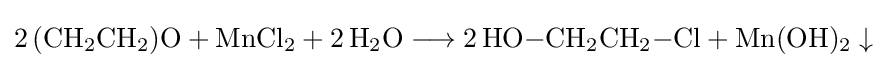
{2\,(\mathrm {CH} {\vphantom {A}}_{\smash[{t}]{2}}\mathrm {CH} {\vphantom {A}}_{\smash[{t}]{2}})\mathrm {O} {}+{}\mathrm {MnCl} {\vphantom {A}}_{\smash[{t}]{2}}{}+{}2\,\mathrm {H} {\vphantom {A}}_{\smash[{t}]{2}}\mathrm {O} {}\mathrel {\longrightarrow } {}2\,\mathrm {HO} {-}\mathrm {CH} {\vphantom {A}}_{\smash[{t}]{2}}\mathrm {CH} {\vphantom {A}}_{\smash[{t}]{2}}{-}\mathrm {Cl} {}+{}\mathrm {Mn} (\mathrm {OH} ){\vphantom {A}}_{\smash[{t}]{2}}\downarrow {}}